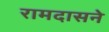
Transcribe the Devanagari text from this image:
रामदासने